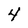
Character: 4